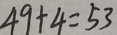
4 9 + 4 = 5 3